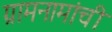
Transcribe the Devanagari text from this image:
ग्रामनामांची